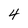
Character: 4